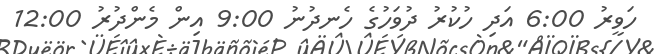
ހަވީރު 6:00 އަދި ހުކުރު ދުވަހުގެ ހެނދުނު 9:00 އިން މެންދުރު 12:00